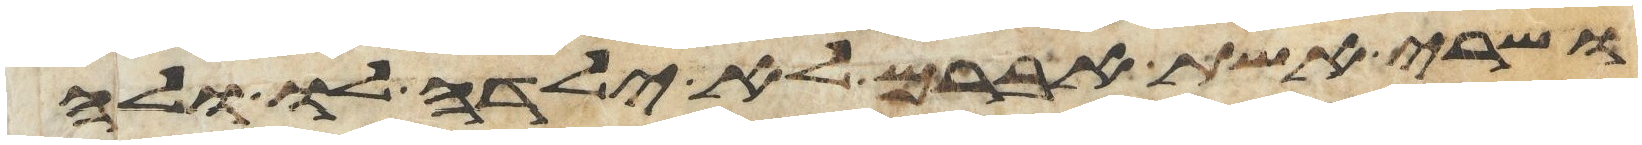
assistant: ושרי אשת אברם לא ילדה לו ולה